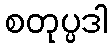
စတုပ္ပဒါ